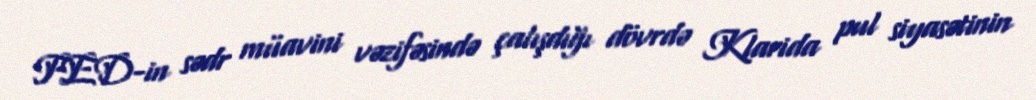
FED-in sədr müavini vəzifəsində çalışdığı dövrdə Klarida pul siyasətinin